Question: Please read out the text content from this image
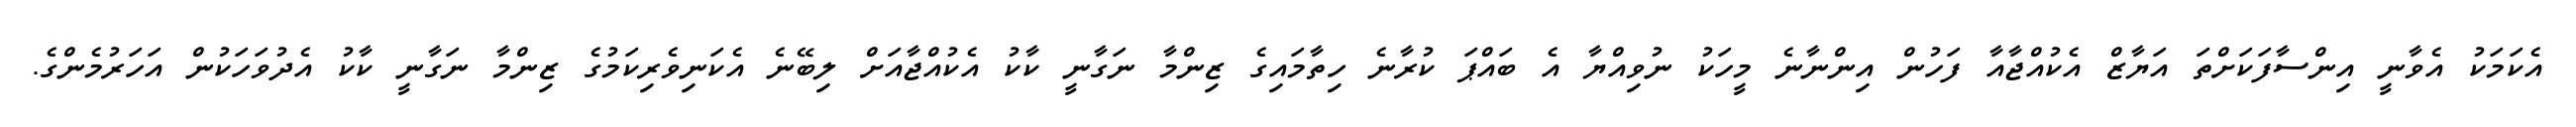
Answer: އެކަމަކު އެވާނީ އިންސާފަކަށްތަ އަޔާޒް އެކުއްޖާއާ ފަހުން އިންނާނެ މީހަކު ނުވިއްޔާ އެ ބައްޕަ ކުރާނެ ހިތާމައިގެ ޒިންމާ ނަގާނީ ކާކު އެކުއްޖާއަށް ލިބޭނެ އެކަނިވެރިކަމުގެ ޒިންމާ ނަގާނީ ކާކު އެދުވަހަކުން އަހަރުމެންގެ.